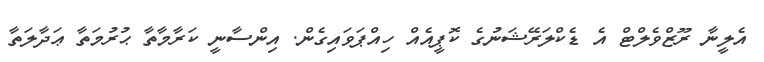
އެލީނާ ރޫޒްވެލްޓް އެ ޑެކްލަރޭޝަނުގެ ކޮޕީއެއް ހިއްޕަވައިގެން. އިންސާނީ ކަރާމާތާ ޙުރުމަތާ ޢަދާލަތާ